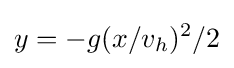
y=-g(x/v_{h})^{2}/2